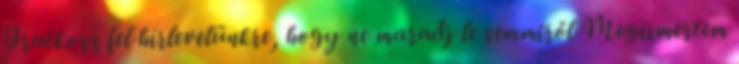
Iratkozz fel hírlevelünkre, hogy ne maradj le semmiről Megismertem